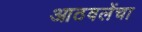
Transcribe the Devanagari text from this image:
आठवलेंचा